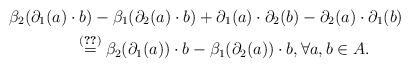
LaTeX: \begin{gather*} \beta_2(\partial_1(a) \cdot b) - \beta_1(\partial_2(a) \cdot b) + \partial_1(a) \cdot \partial_2(b) - \partial_2(a) \cdot \partial_1(b)\\ \qquad{} \overset{\eqref{eq:qadm1}}{=} \beta_2(\partial_1(a)) \cdot b - \beta_1(\partial_2(a)) \cdot b, \forall a,b \in A. \end{gather*}